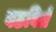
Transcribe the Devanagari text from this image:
वठविले